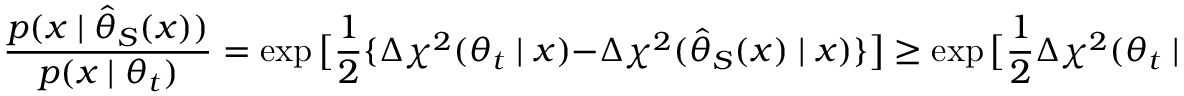
\frac { p ( x \mid \hat { \theta } _ { S } ( x ) ) } { p ( x \mid \theta _ { t } ) } = \exp \big [ \frac { 1 } { 2 } \{ \Delta \chi ^ { 2 } ( \theta _ { t } \mid x ) - \Delta \chi ^ { 2 } ( \hat { \theta } _ { S } ( x ) \mid x ) \} \big ] \ge \exp \big [ \frac { 1 } { 2 } \Delta \chi ^ { 2 } ( \theta _ { t } \mid x ) - \frac { \epsilon } { 2 } \big ] .